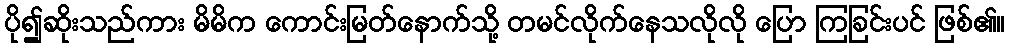
ပို၍ဆိုးသည်ကား မိမိက ကောင်းမြတ်နောက်သို့ တမင်လိုက်နေသလိုလို ပြော ကြခြင်းပင် ဖြစ်၏။